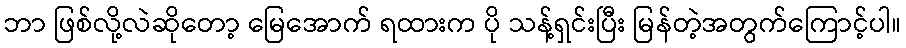
ဘာ ဖြစ်လို့လဲဆိုတော့ မြေအောက် ရထားက ပို သန့်ရှင်းပြီး မြန်တဲ့အတွက်ကြောင့်ပါ။